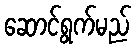
ဆောင်ရွက်မည်